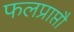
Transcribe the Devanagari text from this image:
फलप्राप्तौ